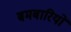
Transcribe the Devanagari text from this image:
बमबारियों